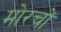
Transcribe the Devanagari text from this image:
मोरचों